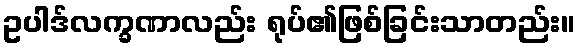
ဥပါဒ်လက္ခဏာလည်း ရုပ်၏ဖြစ်ခြင်းသာတည်း။